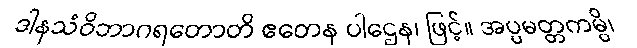
ဒါနသံဝိဘာဂရတောတိ ဧတေန ပါဌေန၊ ဖြင့်။ အပ္ပမတ္တကမ္ပိ၊